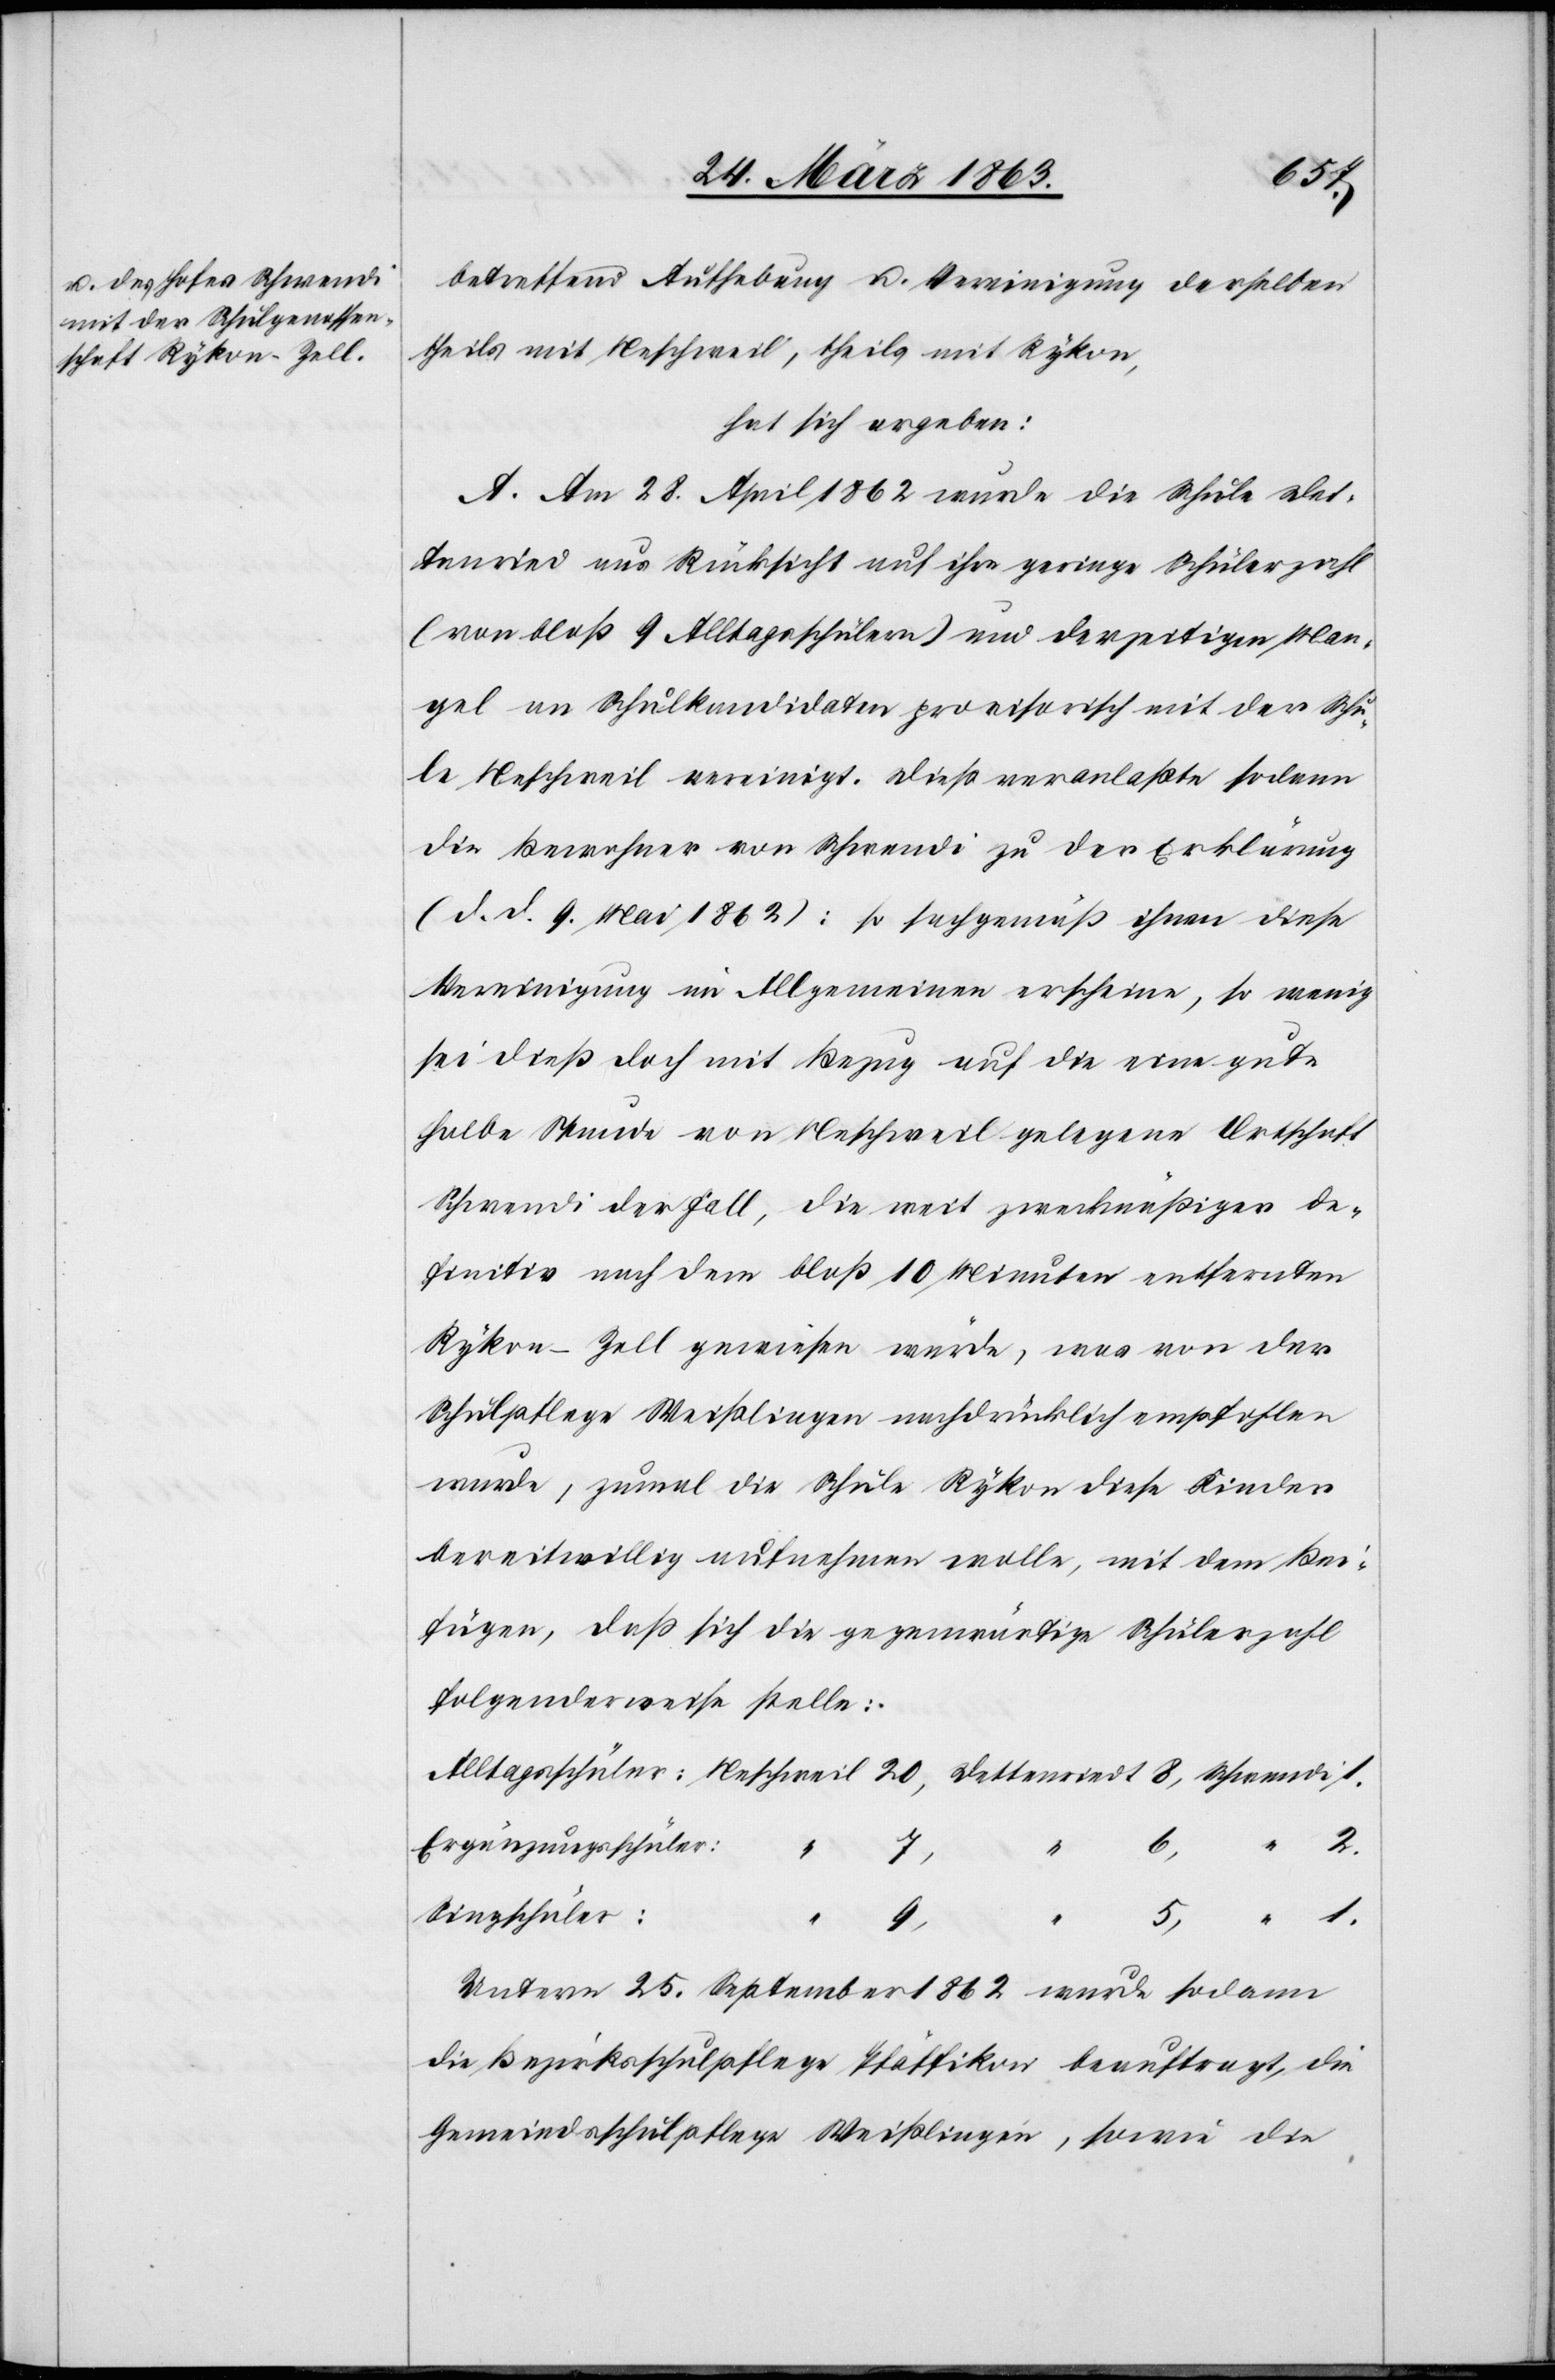
betreffend Aufhebung u. Vereinigung derselben
theils mit Neschweil, theils mit Rykon,
hat sich ergeben:
A. Am 28. April 1862 wurde die Schule Det¬
tenried aus Rücksicht auf ihre geringe Schülerzahl
(von bloß 9 Alltagsschülern) und derzeitigen Man¬
gel an Schulkandidaten provisorisch mit der Schu¬
le Neschweil vereinigt. Dieß veranlaßte sodann
die Bewohner von Schwendi zu der Erklärung
(d. d. 9. Mai 1862): so sachgemäß ihnen diese
Vereinigung im Allgemeinen erscheine, so wenig
sei dieß doch mit Bezug auf die eine gute
halbe Stunde von Neschweil gelegene Ortschaft
Schwendi der Fall, die weit zweckmäßiger de¬
finitiv nach dem bloß 10 Minuten entfernten
Rykon-Zell gewiesen würde, was von der
Schulpflege Weißlingen nachdrücklich empfohlen
wurde, zumal die Schule Rykon diese Kinder
bereitwillig aufnehmen wolle, mit dem Bei¬
fügen, daß sich die gegenwärtige Schülerzahl
folgenderweise stelle:
Ergänzungsschüler:
5,
1.
Singschüler:
Unterm 25. September 1862 wurde sodann
die Bezirksschulpflege Pfäffikon beauftragt, die
Gemeindsschulpflege Weißlingen, sowie die